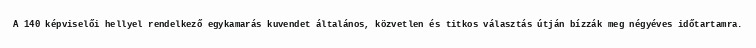
A 140 képviselői hellyel rendelkező egykamarás kuvendet általános, közvetlen és titkos választás útján bízzák meg négyéves időtartamra.